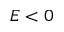
E < 0